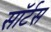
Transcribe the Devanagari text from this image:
सॉर्टस